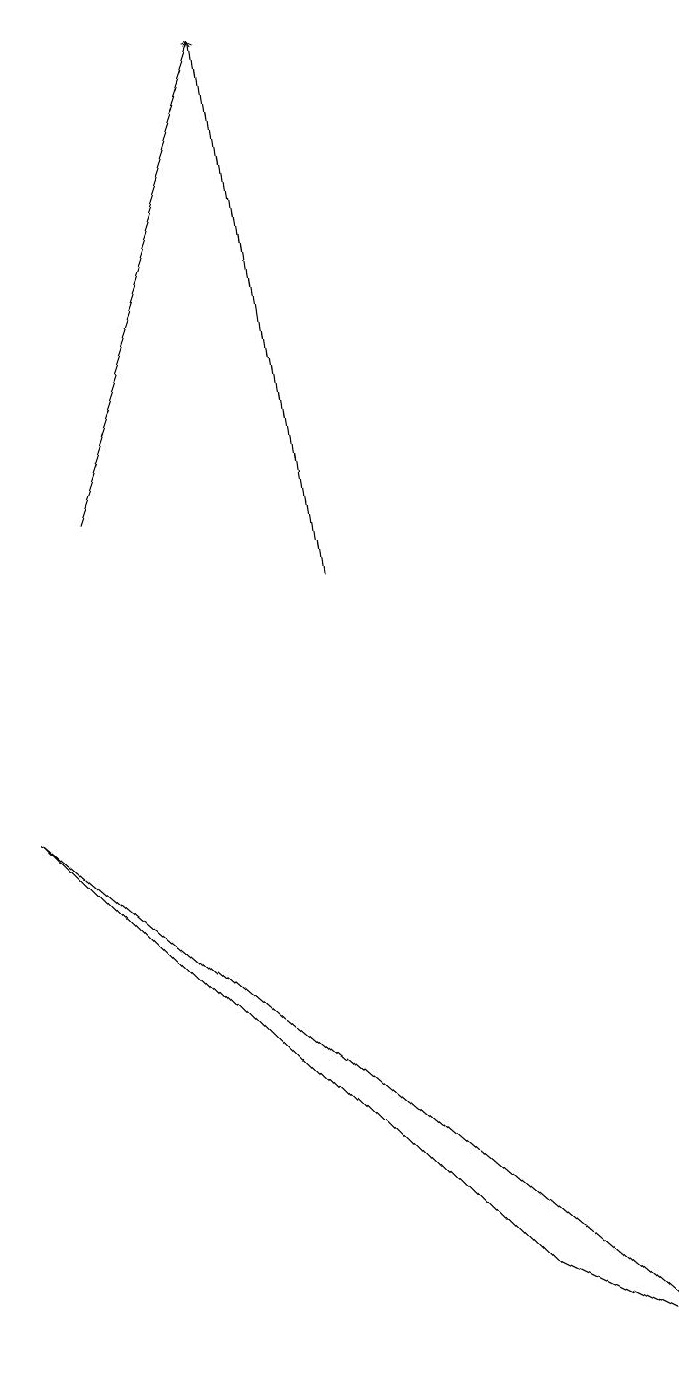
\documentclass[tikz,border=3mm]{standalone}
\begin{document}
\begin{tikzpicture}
\draw[->] (2,12) -- (4,18);
\draw (9,1) -- (7,2) -- (1,8) -- cycle;
\draw[->] (5,11) -- (4,18);
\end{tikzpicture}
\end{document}